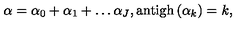
\alpha = \alpha _ { 0 } + \alpha _ { 1 } + \ldots \alpha _ { J } , \mathrm { a n t i g h } \left( \alpha _ { k } \right) = k ,